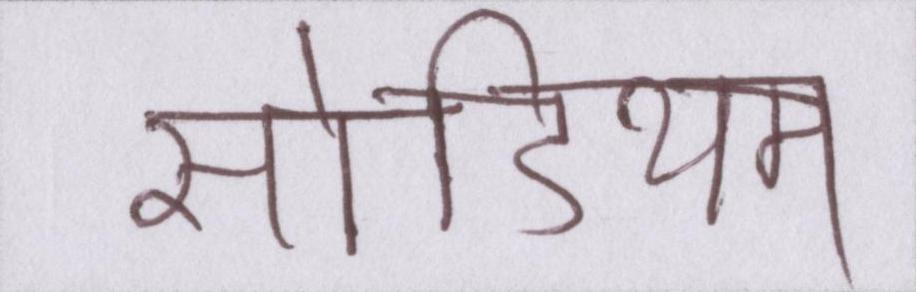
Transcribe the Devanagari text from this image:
सोडियम